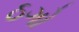
ઠગો